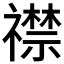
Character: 𬓛